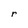
Character: r